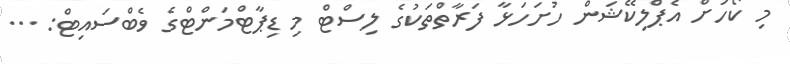
މި ކޯހަށް އެޕްލިކޭޝަން ހުށަހަޅާ ފަރާތްތަކުގެ ލިސްޓް މި ޑިޕާޓްމަންޓްގެ ވެބްސައިޓް: ...